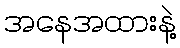
အနေအထားနဲ့